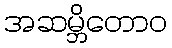
အဆမ္ဘိတောဝ